65_HS1-834228961_62-HQ-83894_Section_9
Agency: FBI
Page 238
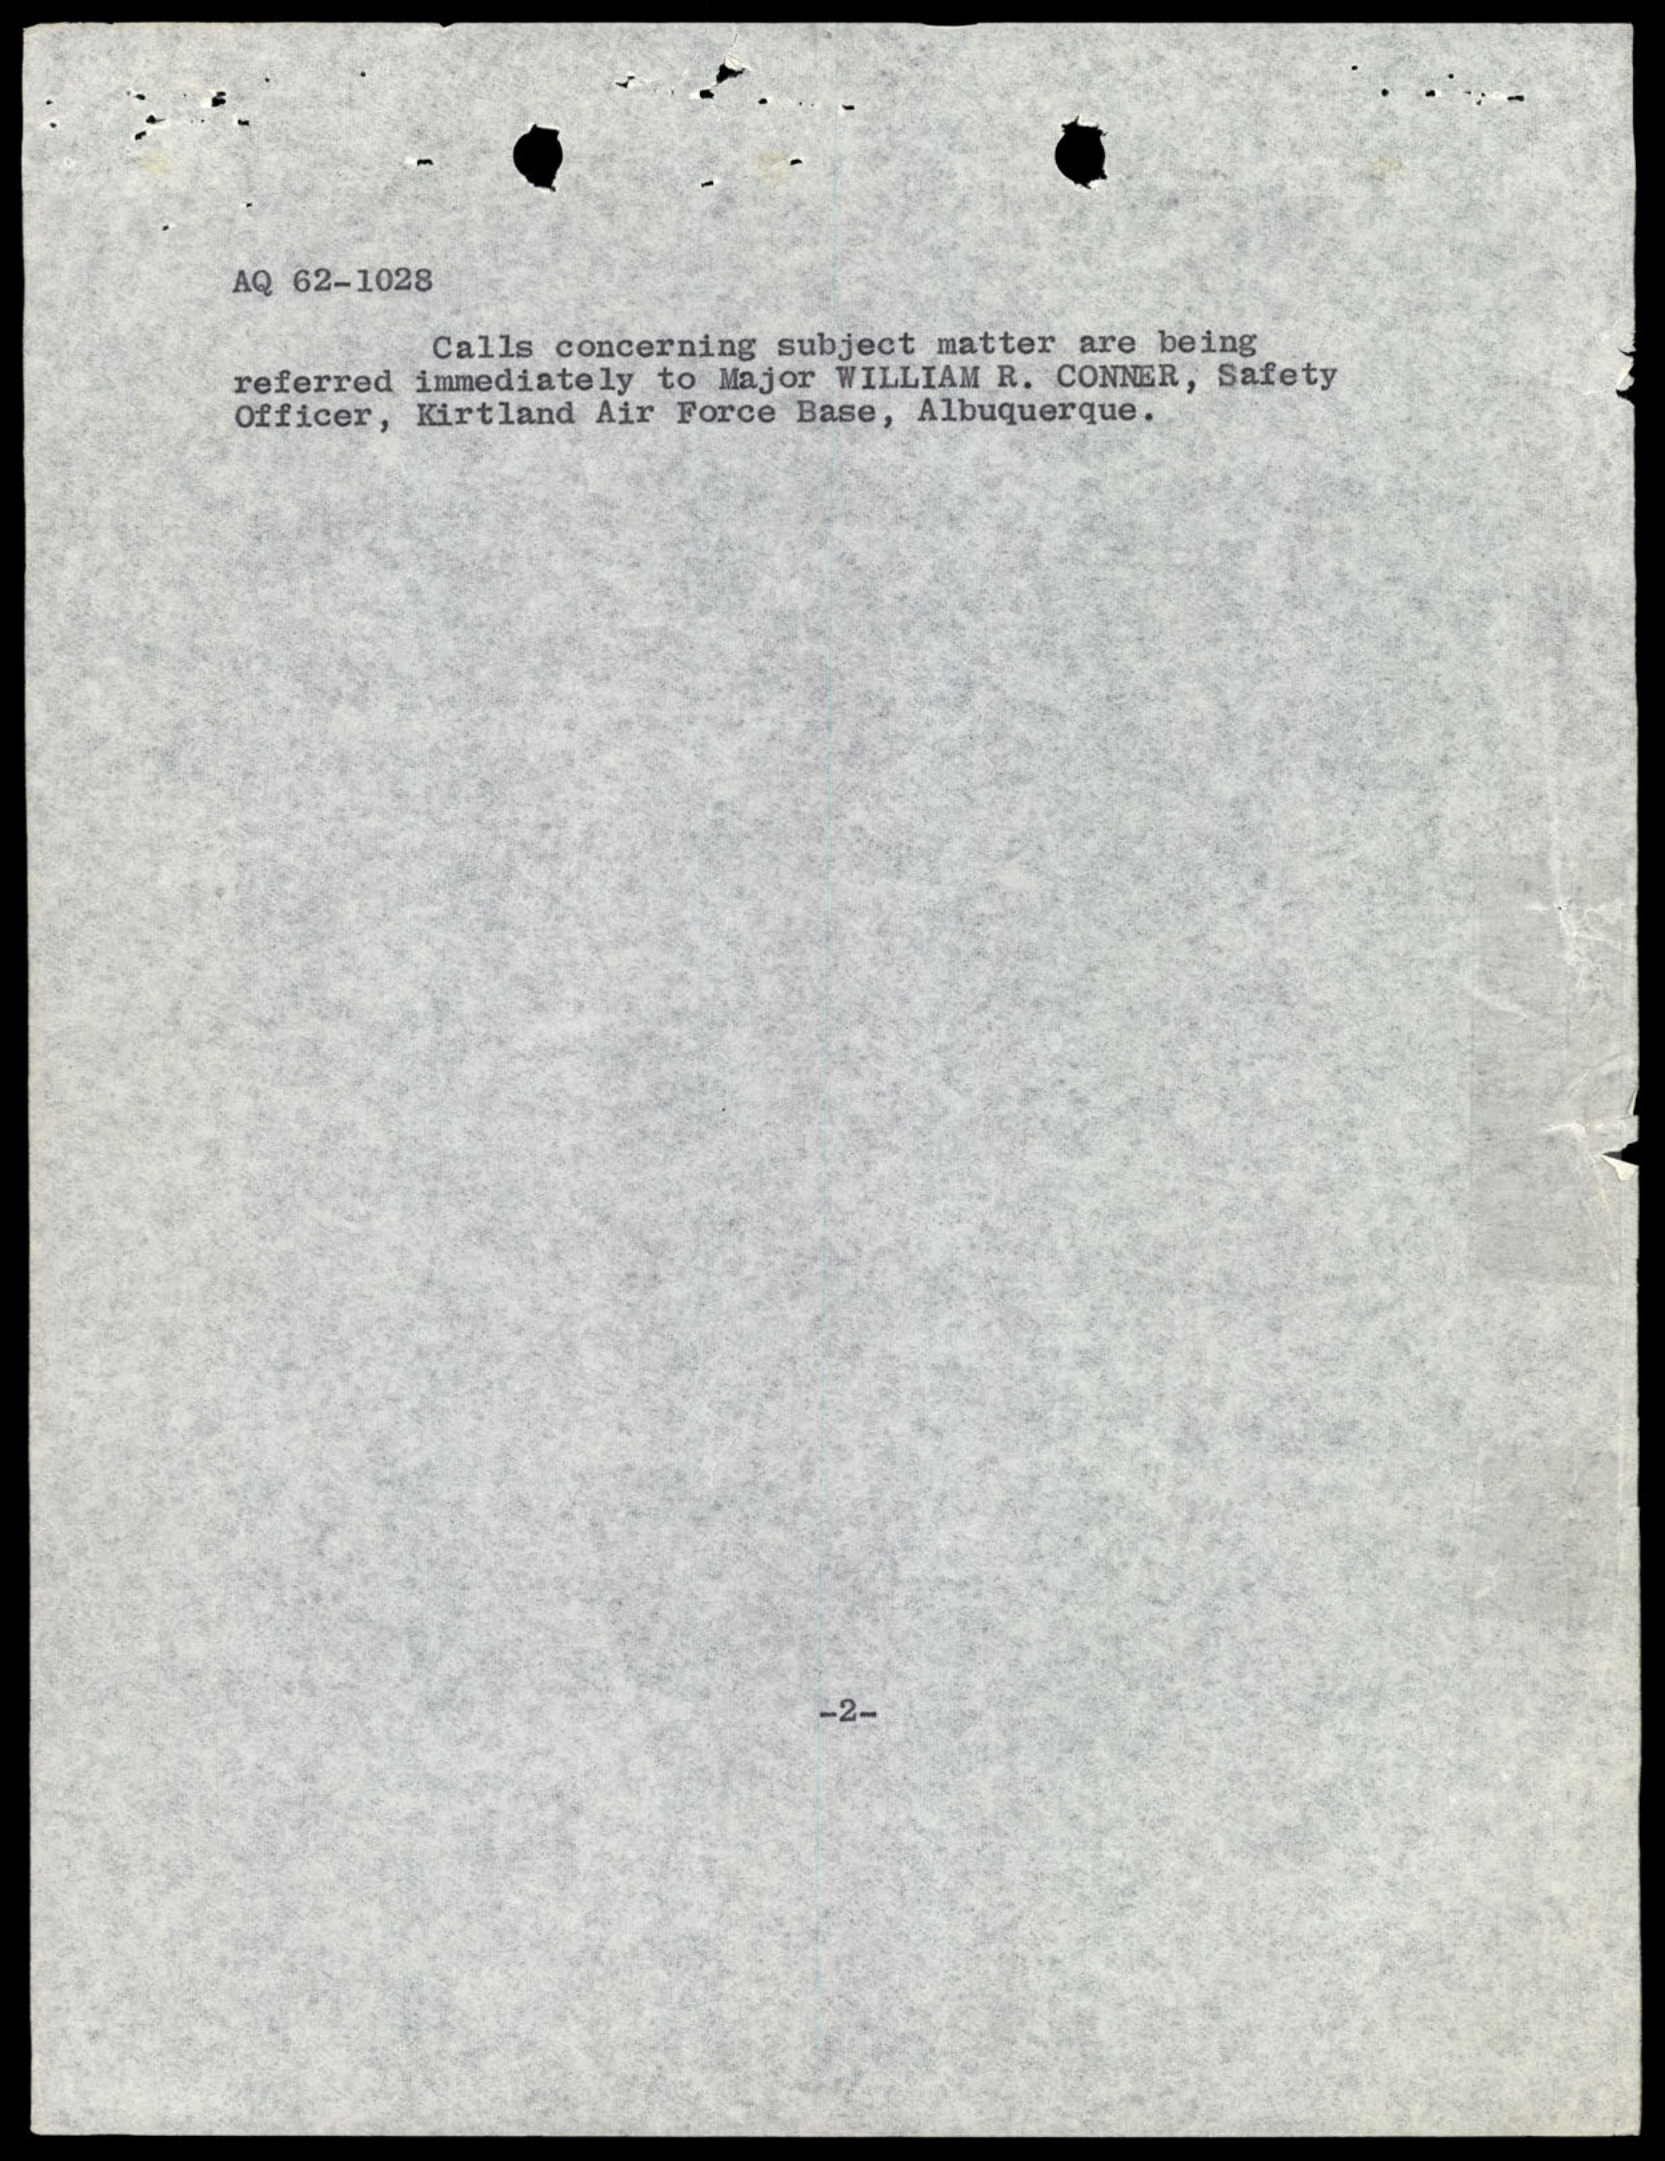